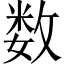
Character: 数